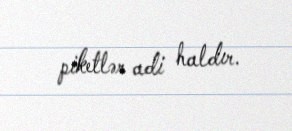
piketlər adi haldır.